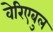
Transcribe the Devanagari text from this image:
वेरिएबुल